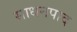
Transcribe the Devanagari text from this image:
साधनपाद